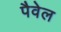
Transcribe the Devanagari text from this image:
पैवेल